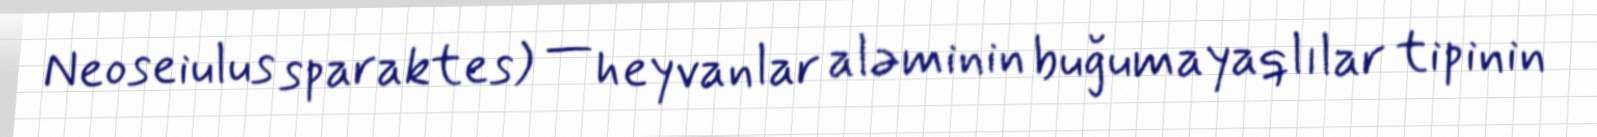
Neoseiulus sparaktes) — heyvanlar aləminin buğumayaqlılar tipinin